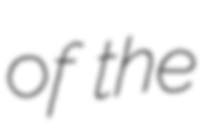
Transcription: of the